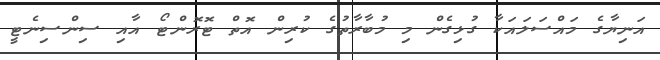
އަނިޔާގެ މައްސަލައަކާ ގުޅިގެން މި މުބާރާތުގެ ކުރިން އޮތް ޓޮރޮންޓޯ އާއި ސިންސިނެޓީ